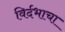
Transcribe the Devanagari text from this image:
विर्दभाचा